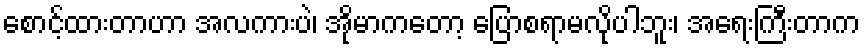
စောင့်ထားတာဟာ အလကားပဲ၊ အိုမာကတော့ ပြောစရာမလိုပါဘူး၊ အရေးကြီးတာက